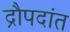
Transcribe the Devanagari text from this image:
द्रौपदांत